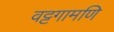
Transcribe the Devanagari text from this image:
वट्टगामणि